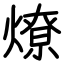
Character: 燎